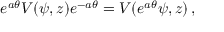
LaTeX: e ^ { a \theta } V ( \psi , z ) e ^ { - a \theta } = V ( e ^ { a \theta } \psi , z ) \, ,